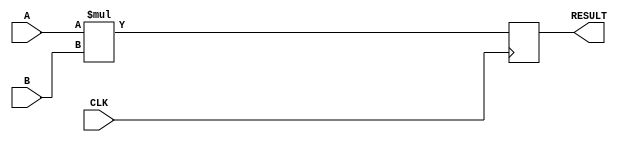
module divider_3clock(A,B,RESULT, CLK);

    output reg [15:0] RESULT;

    input [15:0] A,B;
    input CLK;

    always @ (posedge CLK) begin
        RESULT <= A * B;
    end

endmodule